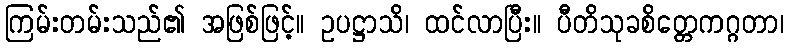
ကြမ်းတမ်းသည်၏ အဖြစ်ဖြင့်။ ဥပဋ္ဌာသိ၊ ထင်လာပြီး။ ပီတိသုခစိတ္တေကဂ္ဂတာ၊